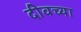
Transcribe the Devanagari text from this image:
दीवच्या